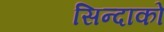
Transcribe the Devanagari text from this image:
सिन्दाको